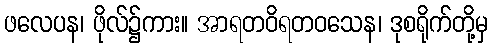
ဖလေပန၊ ဖိုလ်၌ကား။ အာရတဝိရတဝသေန၊ ဒုစရိုက်တို့မှ